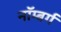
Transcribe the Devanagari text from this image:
नॉम्बर्ग